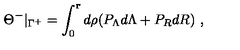
\Theta ^ { - } \vert _ { \Gamma ^ { + } } = \int _ { 0 } ^ { \mathbf r } d \rho ( P _ { \Lambda } d \Lambda + P _ { R } d R ) \ ,